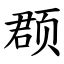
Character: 𫖳